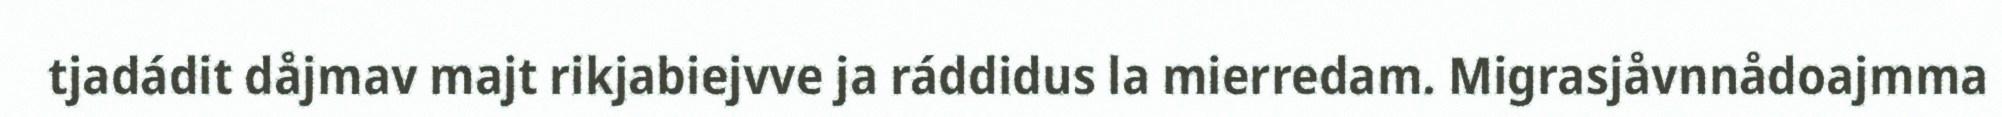
tjadádit dåjmav majt rikjabiejvve ja ráddidus la mierredam. Migrasjåvnnådoajmma